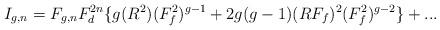
LaTeX: \begin{align*}I_{g,n} = F_{g,n}F_d^{2n}\{g(R^2)(F_f^2)^{g-1} + 2g(g-1)(RF_f)^2(F_f^2)^{g-2}\}+...\end{align*}